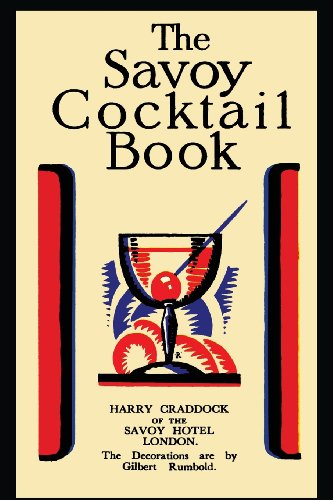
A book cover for The Savoy Cocktail Book; Harry Craddock; Cookbooks, Food & Wine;